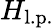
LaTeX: H_{\mathrm{l.p.}}